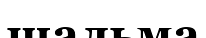
шальма